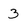
Character: 3